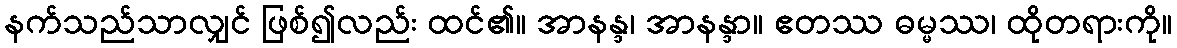
နက်သည်သာလျှင် ဖြစ်၍လည်း ထင်၏။ အာနန္ဒ၊ အာနန္ဒာ။ ဧတဿ ဓမ္မဿ၊ ထိုတရားကို။